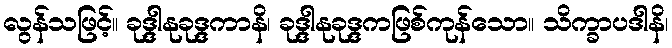
လွန်သဖြင့်။ ခုဒ္ဒါနုခုဒ္ဒကာနိ၊ ခုဒ္ဒါနုခုဒ္ဒကဖြစ်ကုန်သော။ သိက္ခာပဒါနိ၊